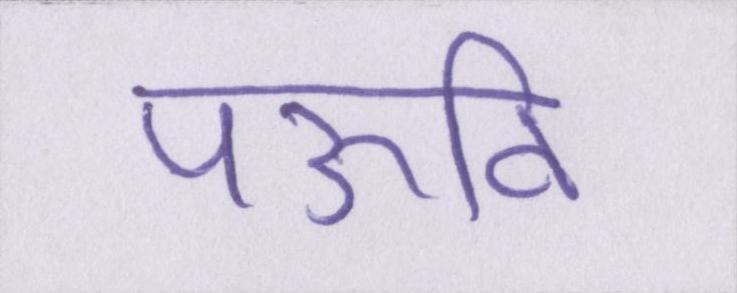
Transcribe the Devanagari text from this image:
पऊवि